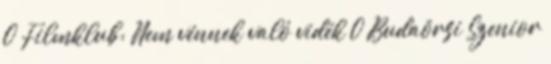
0 Filmklub: Nem vénnek való vidék 0 Budaörsi Szenior